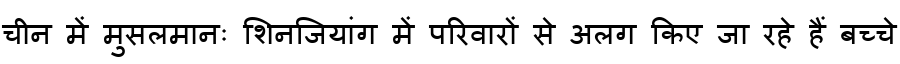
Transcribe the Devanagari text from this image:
चीन में मुसलमानः शिनजियांग में परिवारों से अलग किए जा रहे हैं बच्चे